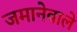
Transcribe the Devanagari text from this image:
जमानेवाले